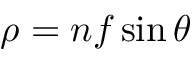
\rho = n f \sin \theta